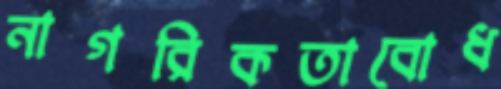
নাগরিকতাবোধ